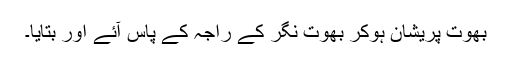
بھوت پریشان ہوکر بھوت نگر کے راجہ کے پاس آئے اور بتایا۔